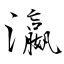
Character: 瀛